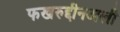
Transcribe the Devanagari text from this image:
फखरुद्दीनअली